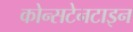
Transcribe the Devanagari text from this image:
कोन्सटेनटाइन